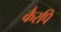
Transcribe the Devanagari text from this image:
कैरपि